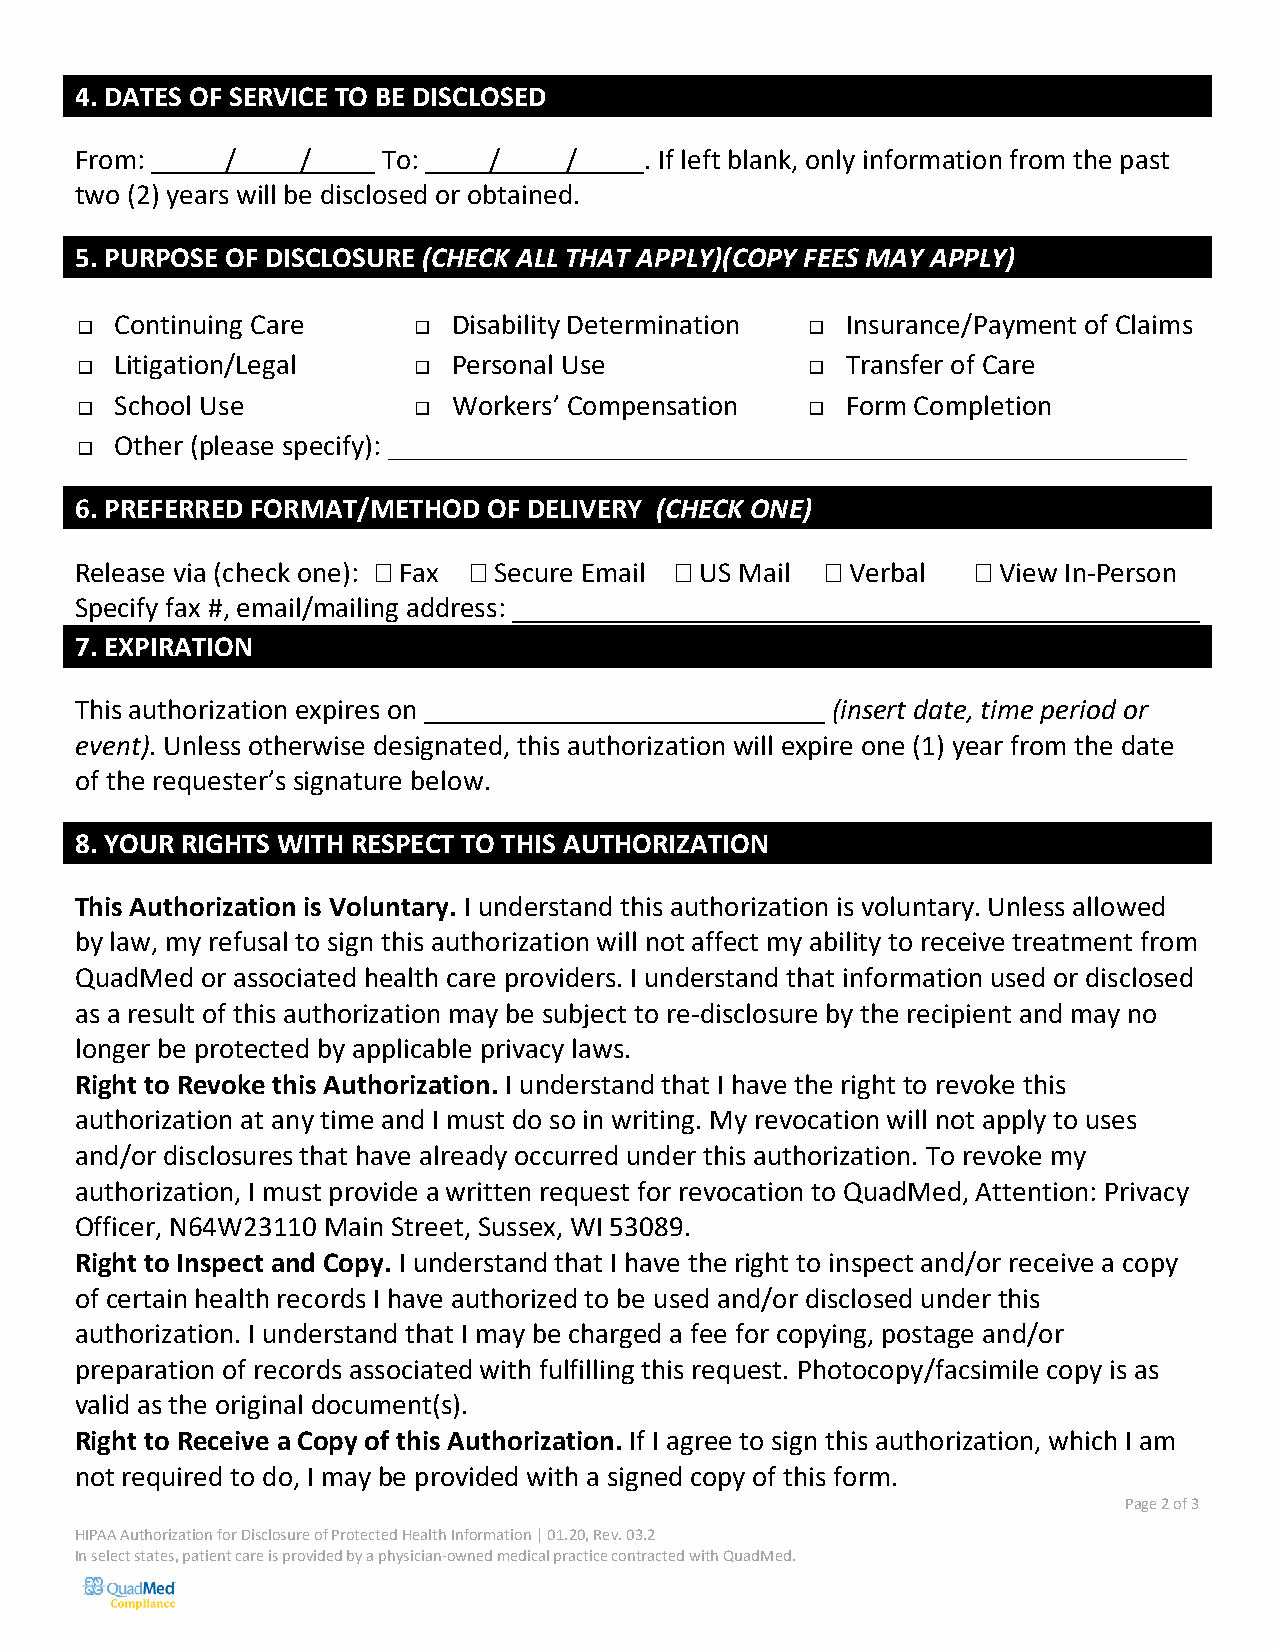
4. DATES OF SERVICE TO BE DISCLOSED
 From:     /    /    To:    /     /    . If left blank, only information from the past
 two (2) years will be disclosed or obtained.
 5. PURPOSE OF DISCLOSURE (CHECK ALL THAT APPLY)(COPY FEES MAY APPLY)
   Continuing Care      Disability Determination  Insurance/Payment of Claims
   Litigation/Legal     Personal Use             Transfer of Care
   School Use           Workers’ Compensation    Form Completion
   Other (please specify): _______________________________________________________
 6. PREFERRED FORMAT/METHOD OF DELIVERY (CHECK ONE)
 Release via (check one):  Fax  Secure Email  US Mail  Verbal  View In-Person
 Specify fax #, email/mailing address:
 7. EXPIRATION
 This authorization expires on                     (insert date, time period or
 event). Unless otherwise designated, this authorization will expire one (1) year from the date
 of the requester’s signature below.
 8. YOUR RIGHTS WITH RESPECT TO THIS AUTHORIZATION
 This Authorization is Voluntary. I understand this authorization is voluntary. Unless allowed
 by law, my refusal to sign this authorization will not affect my ability to receive treatment from
 QuadMed or associated health care providers. I understand that information used or disclosed
 as a result of this authorization may be subject to re-disclosure by the recipient and may no
 longer be protected by applicable privacy laws.
 Right to Revoke this Authorization. I understand that I have the right to revoke this
 authorization at any time and I must do so in writing. My revocation will not apply to uses
 and/or disclosures that have already occurred under this authorization. To revoke my
 authorization, I must provide a written request for revocation to QuadMed, Attention: Privacy
 Officer, N64W23110 Main Street, Sussex, WI 53089.
 Right to Inspect and Copy. I understand that I have the right to inspect and/or receive a copy
 of certain health records I have authorized to be used and/or disclosed under this
 authorization. I understand that I may be charged a fee for copying, postage and/or
 preparation of records associated with fulfilling this request. Photocopy/facsimile copy is as
 valid as the original document(s).
 Right to Receive a Copy of this Authorization. If I agree to sign this authorization, which I am
 not required to do, I may be provided with a signed copy of this form.
 Page 2 of 3
 HIPAA Authorization for Disclosure of Protected Health Information | 01.20, Rev. 03.2
 In select states, patient care is provided by a physician-owned medical practice contracted with QuadMed.